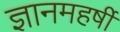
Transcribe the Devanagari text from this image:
ज्ञानमहर्षी